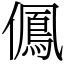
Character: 𠏵